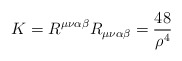
\begin{align*}K = R^{\mu\nu\alpha\beta} R_{\mu\nu\alpha\beta} = \frac{48}{\rho^4}\end{align*}